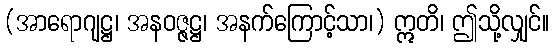
(အာရောဂျဋ္ဌ၊ အနဝဇ္ဇဋ္ဌ၊ အနက်ကြောင့်သာ၊) ဣတိ၊ ဤသို့လျှင်။